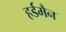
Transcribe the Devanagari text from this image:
हर्डमैन